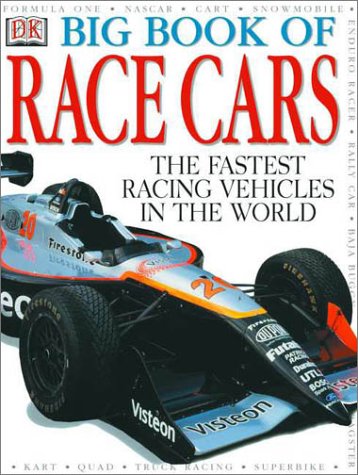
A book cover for Big Book of Race Cars; Anne Millard; Children's Books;